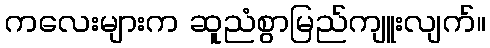
ကလေးများက ဆူညံစွာမြည်ကျူးလျက်။